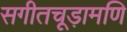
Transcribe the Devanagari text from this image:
सगीतचूड़ामणि